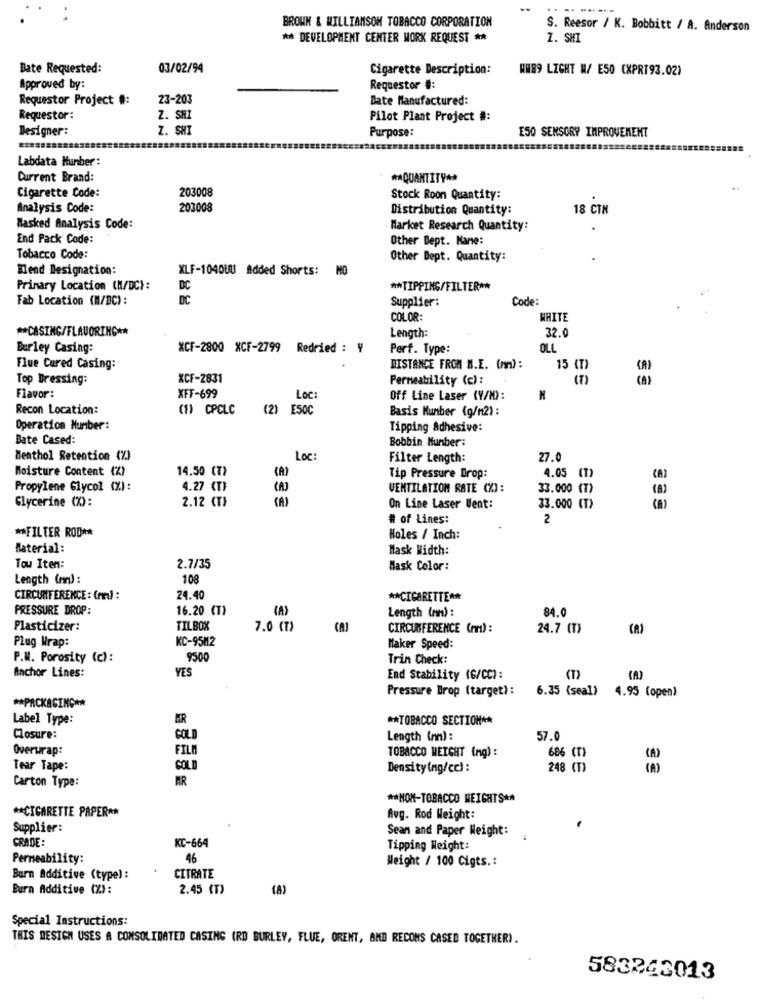
BROWN & WILLIAMSOM TOBACCO CORPORATION
S. Reesor / K. Bobbitt / A. Anderson
** DEVELOPMENT CENTER MORK REQUEST **
1. SHI
Bate Requested:
03/02/94
Cigarette Description:
WW89 LIGHT W/ E50 (XPRT93.02)
Approved by:
Requestor #:
Requestor Project #:
23-203
Date Manufactured:
Requestor:
Z. SHI
Pilot Plant Project #:
Designer:
Z. SHI
E50 SENSORY IMPROVEMENT
Purpose:
Labdata Hunber :
Current Brand:
** QUANTITY **
Cigarette Code:
203008
Stock Roon Quantity:
Analysis Code:
203008
Distribution Quantity:
18 CTN
Masked Analysis Code:
Market Research Quantity:
End Pack Code:
Other Dept. Kame:
Tobacco Code:
Other Dept. Quantity:
Mend Designation:
XLF-1040UU Added Shorts: MO
Primary Location (N/DC):
DC
** TIPPING/FILTER **
Fab Location (M/BC) :
DC
Supplier:
Code:
COLOR
WHITE
** CASING/FLAVORING **
32.
Length:
Burley Casing:
XCF-2800 XCF-2799 Redried : #
Perf. Type:
OLL
Flue Cured Casing:
DISTANCE FROM M.E. (mm) :
15 (T)
Top Dressing:
XCF-2831
Permeability (c):
Flavor:
XFF-699
Loc:
Off Line Laser (Y/N):
Recon Location:
(1) CPCLC
(2) E50C
Basis Kunber (g/m2) :
Operation Number:
Tipping Adhesive:
Bate Cased:
Bobbin Number:
Menthol Retention (%)
Loc:
Filter Length:
27.0
Moisture Content (%)
14.50 (7)
Tip Pressure Drop:
4.05 (T)
CAI
Propylene Glycol (%):
4.27 (T)
VENTILATION RATE (%):
33.000 (T)
Glycerine (%):
2.12 (T)
(A)
On Line Laser Went:
33.000 (T)
(A)
# of Lines:
2
** FILTER ROD **
Holes / Inch:
Material:
Mask Width:
Tow Item:
2.7/35
Mask Color:
Length (mn) :
108
CIRCUMFERENCE : (m) :
24.40
** CIGARETTE **
PRESSURE DROP:
16.20 (T)
84.0
Length (an) :
Plasticizer:
TILBOX
7.0 (T)
CIRCUMFERENCE (nr) :
24.7 (T)
(A)
Plug Wrap:
KC-95M2
Maker Speed:
P.W. Porosity (c) :
950
Trin Check:
YES
Anchor Lines:
End Stability (G/CC):
(A)
Pressure Brop (target):
6.35 (seal) 4.95 (open)
** PACKAGING **
Label Type:
** TOBACCO SECTION **
Closure:
GOLD
Length (nm):
57.
Overwrap:
FILM
686 (T)
TOBACCO WEIGHT (mg) :
Tear Tape:
COL
Density (ng/cc) :
248 (T)
Carton Type:
MR
** NON-TOBACCO WEIGHTS **
** CIGARETTE PAPER **
Avg. Rod Weight:
Supplier:
Sean and Paper Weight:
CRADE:
KC-664
Tipping Weight:
Permeability:
46
Weight / 100 Cigts .:
Burn Additive (type):
CITRATE
Bura Additive (%):
2.45 (T)
Special Instructions:
THIS DESIGN USES A CONSOLIDATED CASING (RD BURLEY, FLUE, ORENT, AND RECONS CASED TOGETHER).
583243013